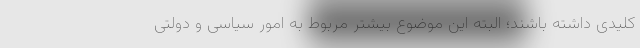
کلیدی داشته باشند؛ البته این موضوع بیشتر مربوط به امور سیاسی و دولتی